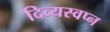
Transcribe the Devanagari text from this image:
दिव्यस्वप्न